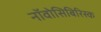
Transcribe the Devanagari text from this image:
नॉवोसिबिरिस्क